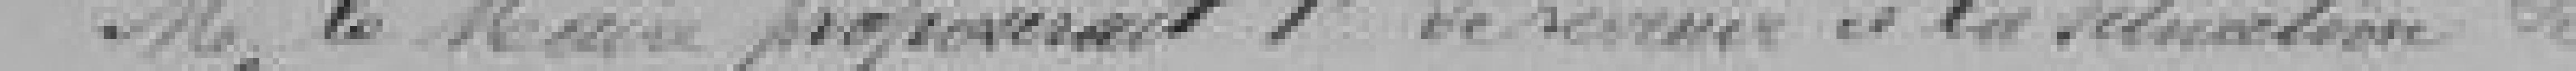
Monsieur le Maire proposerait 1e de servir à la situation